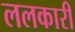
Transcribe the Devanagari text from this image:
ललकारी